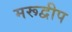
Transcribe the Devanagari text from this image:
मरूद्वीप